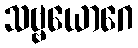
သဗ္ဗယောဂေ